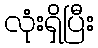
လုံးရှိပြီး